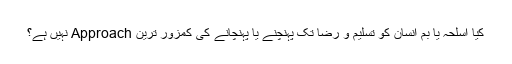
کیا اسلحہ یا بم انسان کو تسلیم و رضا تک پہنچنے یا پہنچانے کی کمزور ترین Approach نہیں ہے؟